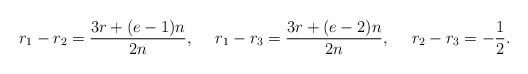
LaTeX: \begin{align*}r_1-r_2 &= \frac{3r+(e-1)n}{2n},&r_1-r_3 &= \frac{3r+(e-2)n}{2n}, & r_2-r_3 &= -\frac12.\end{align*}